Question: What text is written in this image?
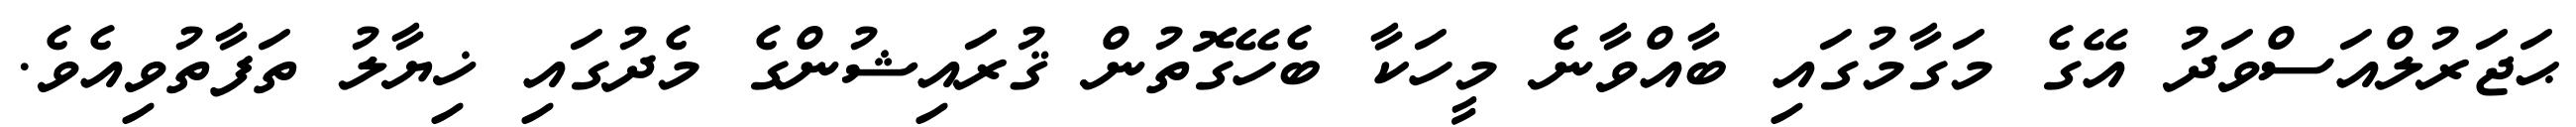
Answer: ޙަޖަރުލްއަސްވަދު އޭގެ މަގާމުގައި ބާއްވާނެ މީހަކާ ބެހޭގޮތުން ޤުރައިޝުންގެ މެދުގައި ޚިޔާލު ތަފާތުވިއެވެ.